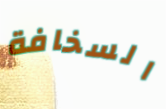
السخافة